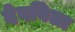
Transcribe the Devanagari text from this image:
देवविला